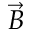
\vec { B }